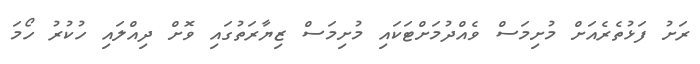
ރަށު ފަޅުތެރެއަށް މުށިމަސް ވެއްދުމަށްޓަކައި މުށިމަސް ޒިޔާރަތުގައި ވޮށް ދިއްލައި ހުކުރު ހޯމަ